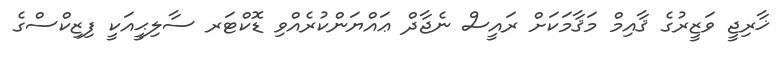
ޚާރިޖީ ވަޒީރުގެ ޤާއިމް މަޤާމަކަށް ރައީސް ނެޖާދް ޢައްޔަންކުރެއްވި ޑޮކްޓަރ ސާލިޙީއަކީ ފިޒިކްސްގެ